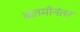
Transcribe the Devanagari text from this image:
बातमीनंतर